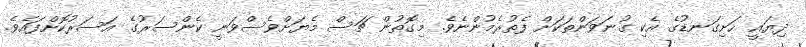
ދިޔައީ ހަށިގަނޑުގެ އެކި ގުނަވަންތަކަށް ފެތުރެމުންނެވެ. މިގޮތުން ޗަސް މެޔަށްވެސްވަނީ ކެންސަރުގެ އަސަރުކޮށްފައެވެ.